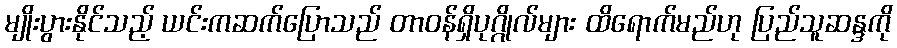
မျိုးပွားနိုင်သည့် ယင်းကဆက်ပြောသည် တာ၀န်ရှိပုဂ္ဂိုလ်များ ထိရောက်မည်ဟု ပြည်သူဆန္ဒကို